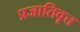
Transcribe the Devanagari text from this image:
प्रजातिवृत्त